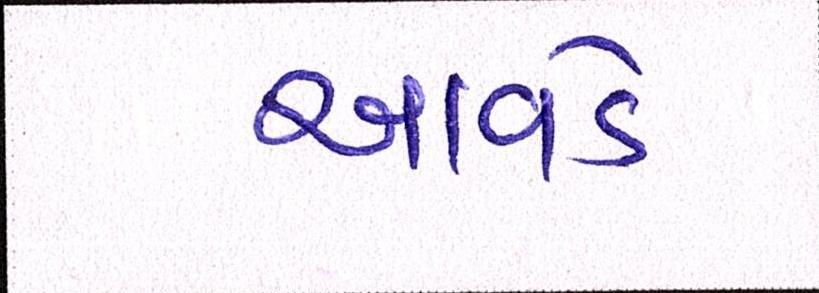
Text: આવડે